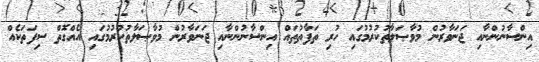
އިންސާނުންނާއި ޖަނަވާރުން މުވާޞަލާތުކުރުމުގައި ހުރި ތަފާތުތައް އިންސާނުންނާއި ޖަނަވާރުން މުވާޞަލާތުކުރުމުގައި އެއްގޮތް ސިފަތަކެއް